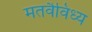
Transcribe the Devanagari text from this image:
मतवैविध्य